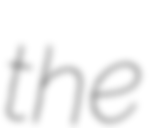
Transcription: the